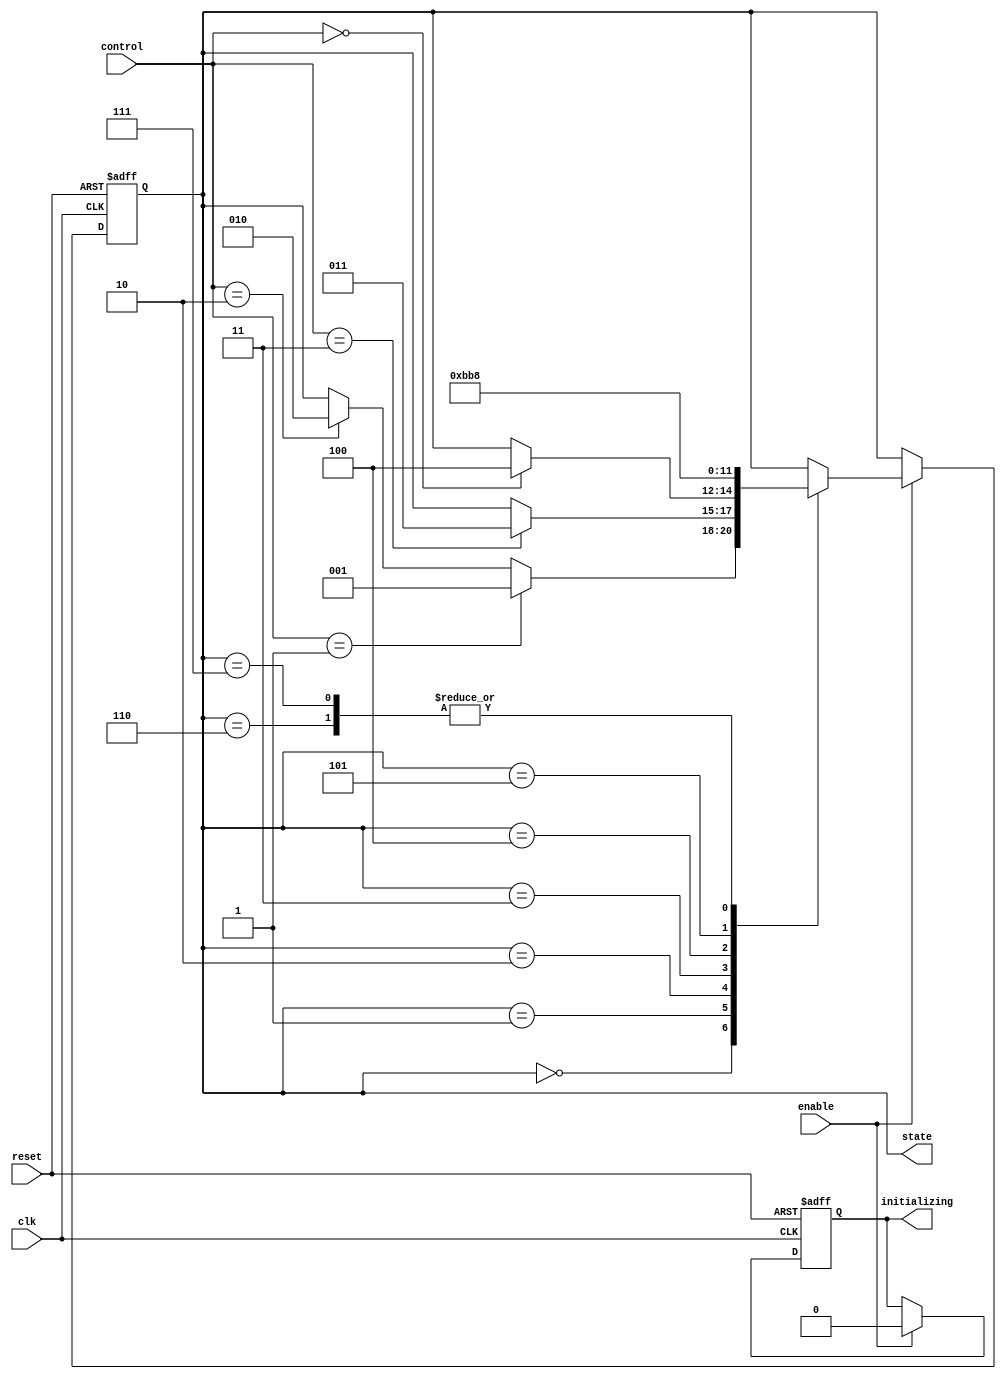
module PreConfiguredStateInitialization (
    input wire clk,               // Clock signal
    input wire reset,             // Active-high reset signal
    input wire enable,            // Enable signal for operation
    input wire [1:0] control,     // Control inputs for state transitions
    output reg [2:0] state,       // State output (3-bit for 8 states)
    output reg initializing       // Status signal indicating initialization phase
);

    // Define states
    localparam STATE_INIT = 3'b000; // Predefined initial state
    localparam STATE_1    = 3'b001;
    localparam STATE_2    = 3'b010;
    localparam STATE_3    = 3'b011;
    localparam STATE_4    = 3'b100;
    localparam STATE_5    = 3'b101;
    localparam STATE_6    = 3'b110;
    localparam STATE_7    = 3'b111;

    // State transition logic
    always @(posedge clk or posedge reset) begin
        if (reset) begin
            // On reset, go to the predefined initial state
            state <= STATE_INIT;
            initializing <= 1'b1; // Indicate initialization phase
        end else if (enable) begin
            // State transition logic based on control inputs
            case (state)
                STATE_INIT: begin
                    if (control == 2'b01) state <= STATE_1;
                    else if (control == 2'b10) state <= STATE_2;
                end
                STATE_1: begin
                    if (control == 2'b11) state <= STATE_3;
                end
                STATE_2: begin
                    if (control == 2'b00) state <= STATE_4;
                end
                STATE_3: begin
                    state <= STATE_5; // Example transition
                end
                STATE_4: begin
                    state <= STATE_6; // Example transition
                end
                STATE_5: begin
                    state <= STATE_7; // Example transition
                end
                STATE_6: begin
                    state <= STATE_INIT; // Loop back to initial state
                end
                STATE_7: begin
                    state <= STATE_INIT; // Loop back to initial state
                end
                default: state <= STATE_INIT; // Fallback to initial state
            endcase
            initializing <= 1'b0; // Not in initialization phase anymore
        end
    end

endmodule